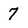
Character: 7